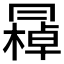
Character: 𠕭